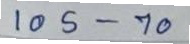
105 - 70